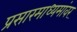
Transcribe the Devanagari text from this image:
प्रसारमाध्यमांवर